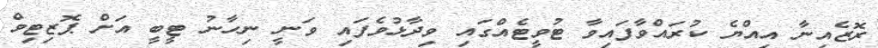
ރޮޒެއިނާ އިއްޔެ ކުރައްވާފައިވާ ޓުވީޓެއްގައި ވިދާޅުވެފައި ވަނީ ނިހާނު ޓީބީ އަށް ޕޮޒިޓިވް